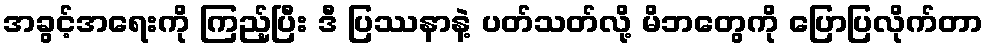
အခွင့်အရေးကို ကြည့်ပြီး ဒီ ပြဿနာနဲ့ ပတ်သတ်လို့ မိဘတွေကို ပြောပြလိုက်တာ